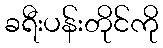
ခရီးပန်းတိုင်ကို